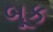
બૂક